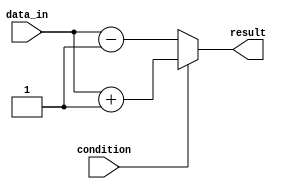
module IfElseStatement(
    input condition,
    input [7:0] data_in,
    output reg [7:0] result
);

always @(*) begin
    if(condition) begin
        // If block
        // Add your statements here
        result = data_in + 1;
    end else begin
        // Else block
        // Add your statements here
        result = data_in - 1;
    end
end

endmodule